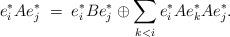
LaTeX: \begin{align*}e^\ast_i Ae^\ast_j\;=\; e^\ast_i B e^\ast_j\oplus \sum_{k <i}e^\ast_i Ae^\ast_k Ae^\ast_j.\end{align*}